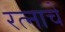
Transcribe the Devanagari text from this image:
रत्नाचे